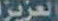
العزيز